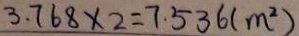
3 . 7 6 8 \times 2 = 7 . 5 3 6 ( m ^ { 2 } )